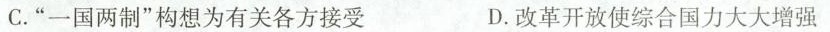
C.”一国两制”构想为有关各方接受 D.改革开放使综合国力大大增强